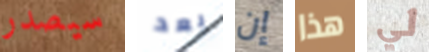
سيصدر بعد إن هذا لي